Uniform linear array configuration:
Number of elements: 48
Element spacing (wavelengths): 0.25
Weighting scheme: kaiser
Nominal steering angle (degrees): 60
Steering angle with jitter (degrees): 58.039
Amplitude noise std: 0.05
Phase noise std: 0.05

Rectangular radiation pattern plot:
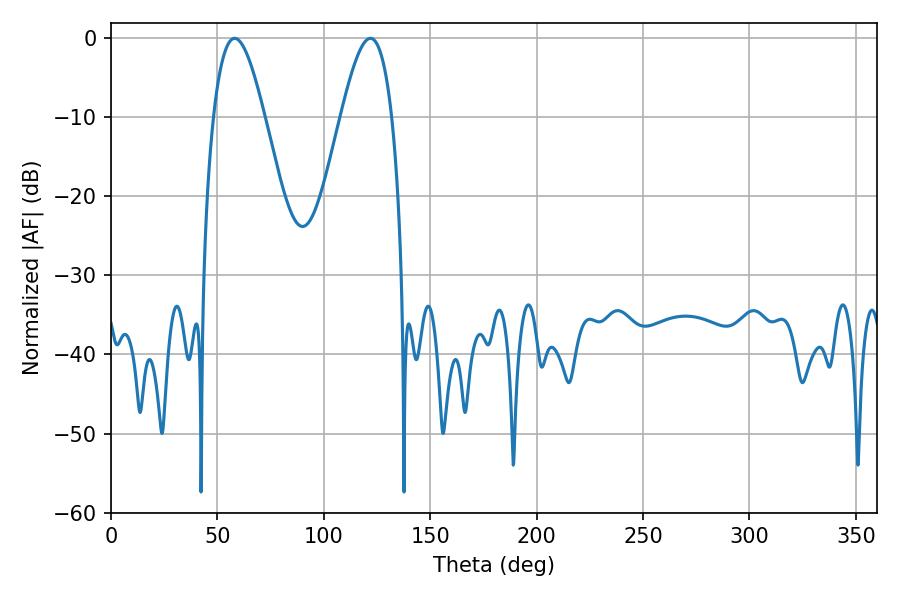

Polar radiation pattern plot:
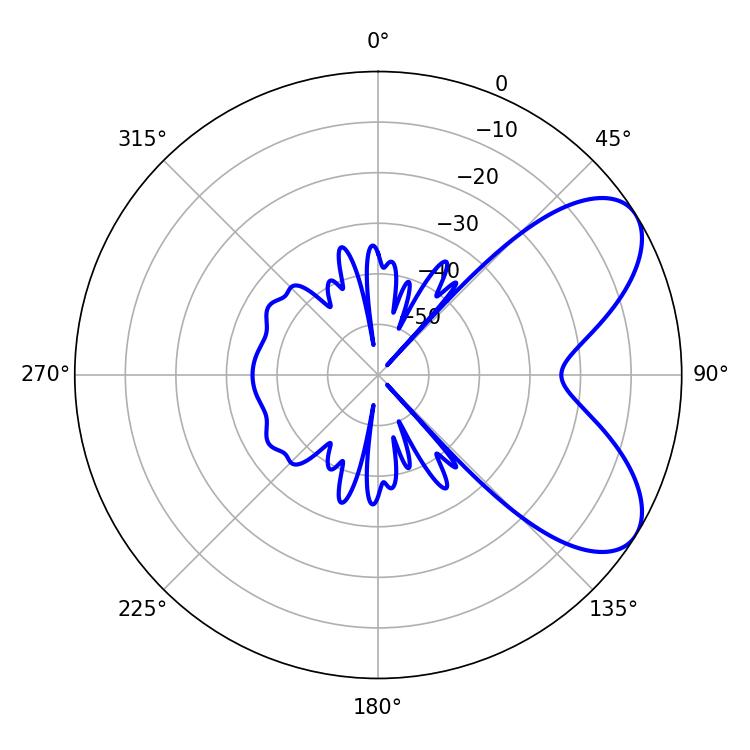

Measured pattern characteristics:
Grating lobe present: FALSE
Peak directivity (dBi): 6.74
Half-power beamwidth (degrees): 12.96
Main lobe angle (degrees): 58.14